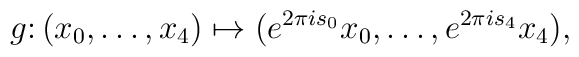
g\colon(x_0,\ldots,x_4)\mapsto	(e^{2\pi is_0}x_0,\ldots,e^{2\pi is_4}x_4),